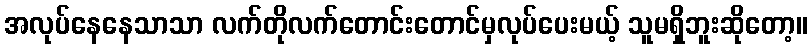
အလုပ်နေနေသာသာ လက်တိုလက်တောင်းတောင်မှလုပ်ပေးမယ့် သူမရှိဘူးဆိုတော့။